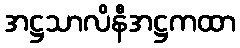
အဋ္ဌသာလိနီအဋ္ဌကထာ